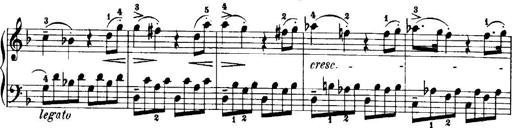
Title: 7 Sonatinas
Composer: Anton Diabelli